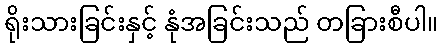
ရိုးသားခြင်းနှင့် နုံအခြင်းသည် တခြားစီပါ။